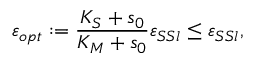
\varepsilon _ { o p t } : = \frac { K _ { S } + s _ { 0 } } { K _ { M } + s _ { 0 } } \varepsilon _ { S S l } \leq \varepsilon _ { S S l } ,